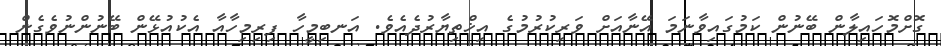
ގޮށްމޮހައިލާން ބޭނުން ކަމުގައިވާނަމަ އޭނާއަށް ވަރިކުރުމުގެ އިޚްތިޔާރުދެއެވެ. އަނބިމީހާ ފިރިމިހާއާ އެކުއުޅޭން ބޭނުންނުވެގެން